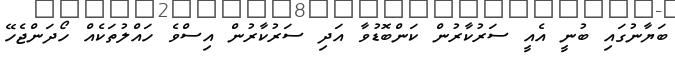
ބަޔާނުގައި ބުނީ އެއީ ސަރުކާރުން ކަންބޮޑުވާ އަދި ސަރުކާރުން އިސްވެ ހައްލުތަކެއް ހޯދަންޖެހޭ